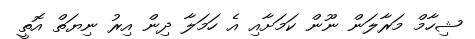
ޝިހާމް މަރާލަން ނޫން ކަމަށާއި އެ ހަމަލާ ދިން އިރު ނިޔަތް އޮތީ